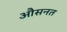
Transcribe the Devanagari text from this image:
औसनत